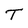
Character: T